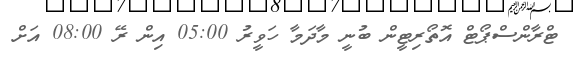
ޓްރާންސްޕޯޓް އޮތޯރިޓީން ބުނީ މާދަމާ ހަވީރު 05:00 އިން ރޭ 08:00 އަށް